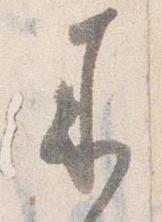
来